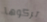
تركوها